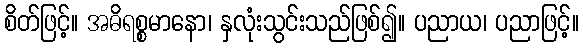
စိတ်ဖြင့်။ အဓိရစ္စမာနော၊ နှလုံးသွင်းသည်ဖြစ်၍။ ပညာယ၊ ပညာဖြင့်။